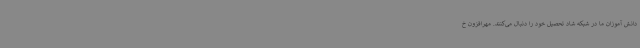
دانش آموزان ما در شبکه شاد تحصیل خود را دنبال می‌کنند. مهرافزون خ